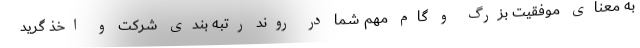
به معنای موفقیت بزرگ و گام مهم شما در روند رتبه بندی شرکت و اخذ گرید